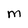
Character: M